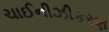
ચાઈનીઝીકરણ